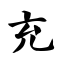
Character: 充